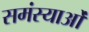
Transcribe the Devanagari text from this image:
समंस्याओं